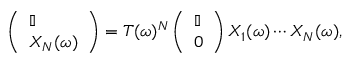
\begin{array} { r } { \left( \begin{array} { l } { \mathbb { I } } \\ { X _ { N } ( \omega ) } \end{array} \right) = T ( \omega ) ^ { N } \left( \begin{array} { l } { \mathbb { I } } \\ { 0 } \end{array} \right) X _ { 1 } ( \omega ) \cdots X _ { N } ( \omega ) , } \end{array}